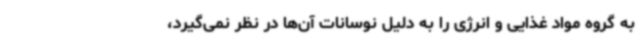
به گروه مواد غذایی و انرژی را به دلیل نوسانات آن‌ها در نظر نمی‌گیرد،